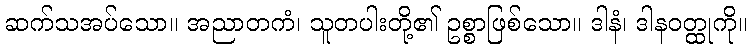
ဆက်သအပ်သော။ အညာတကံ၊ သူတပါးတို့၏ ဥစ္စာဖြစ်သော။ ဒါနံ၊ ဒါနဝတ္ထုကို။